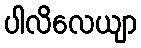
ပါလိလေယျာ